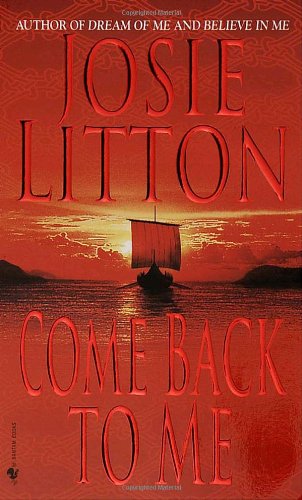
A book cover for Come Back to Me; Josie Litton; Romance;